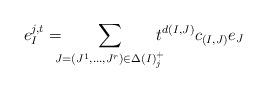
LaTeX: \begin{align*}e_{I}^{j,t}&=\!\!\!\!\sum_{J=(J^1,\dots,J^r)\in \Delta(I)^+_j}\!\!\!\!t^{d(I,J)} c_{(I,J)}e_J\end{align*}